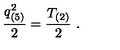
{ \frac { q _ { ( 5 ) } ^ { 2 } } { 2 } } = { \frac { T _ { ( 2 ) } } { 2 } } \ .